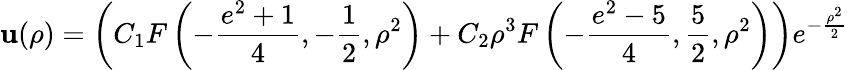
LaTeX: \mathbf{u}(\rho)=\left(C_{1}F\left(-\frac{{e^{2}+1}}{{4}},-\frac{{1}}{{2}},\rho^{2}\right)+C_{2}\rho^{3}F\left(-\frac{{e^{2}-5}}{{4}},\frac{{5}}{{2}},\rho^{2}\right)\right)e^{-\frac{{\rho^{2}}}{{2}}}